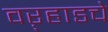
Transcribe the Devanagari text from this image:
वऱ्हाडचे